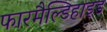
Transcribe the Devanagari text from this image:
फारमैल्डिहाइड